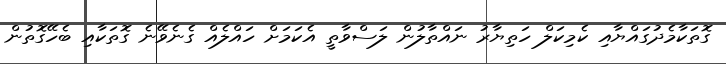
ގޮތަކާމެދުގައްޔާއި ކެމިކަލް ހަތިޔާރު ނައްތާލުން ލަސްވާތީ އެކަމަށް ހައްލެއް ގެނެވޭނެ ގޮތަކާއި ބެހޭގޮތުން